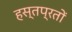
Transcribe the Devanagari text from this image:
हस्तप्रतों